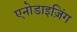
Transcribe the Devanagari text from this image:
एनोडाइज़िंग